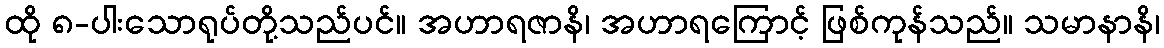
ထို ၈-ပါးသောရုပ်တို့သည်ပင်။ အဟာရဇာနိ၊ အဟာရကြောင့် ဖြစ်ကုန်သည်။ သမာနာနိ၊